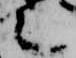
言